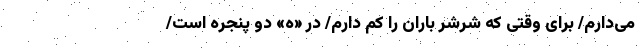
می‌دارم/ برای وقتی که شرشر باران را کم دارم/ در «ه» دو پنجره است/